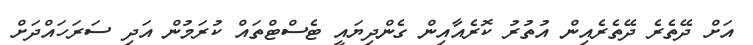
އަށް ދޭތެރެ ދޭތެރެއިން އުތުރު ކޮރެއާއިން ގެންދިޔައީ ޓެސްޓްތައް ކުރަމުން އަދި ސަރަހައްދަށް